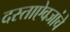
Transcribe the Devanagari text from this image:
दस्ताऐवजांचे